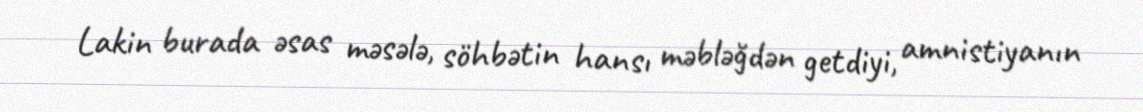
Lakin burada əsas məsələ, söhbətin hansı məbləğdən getdiyi, amnistiyanın